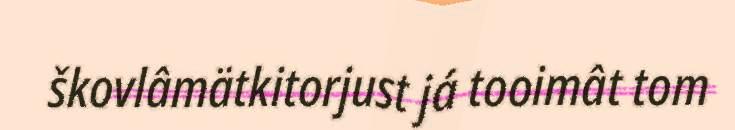
škovlâmätkitorjust já tooimât tom